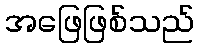
အဖြေဖြစ်သည်